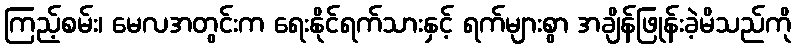
ကြည့်စမ်း၊ မေလအတွင်းက ရေးနိုင်ရက်သားနှင့် ရက်များစွာ အချိန်ဖြုန်းခဲ့မိသည်ကို